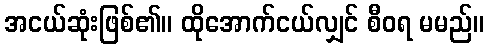
အငယ်ဆုံးဖြစ်၏။ ထိုအောက်ငယ်လျှင် စီဝရ မမည်။